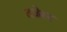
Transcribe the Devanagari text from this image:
तजेल